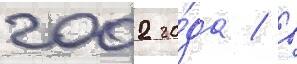
2002 го́да / в